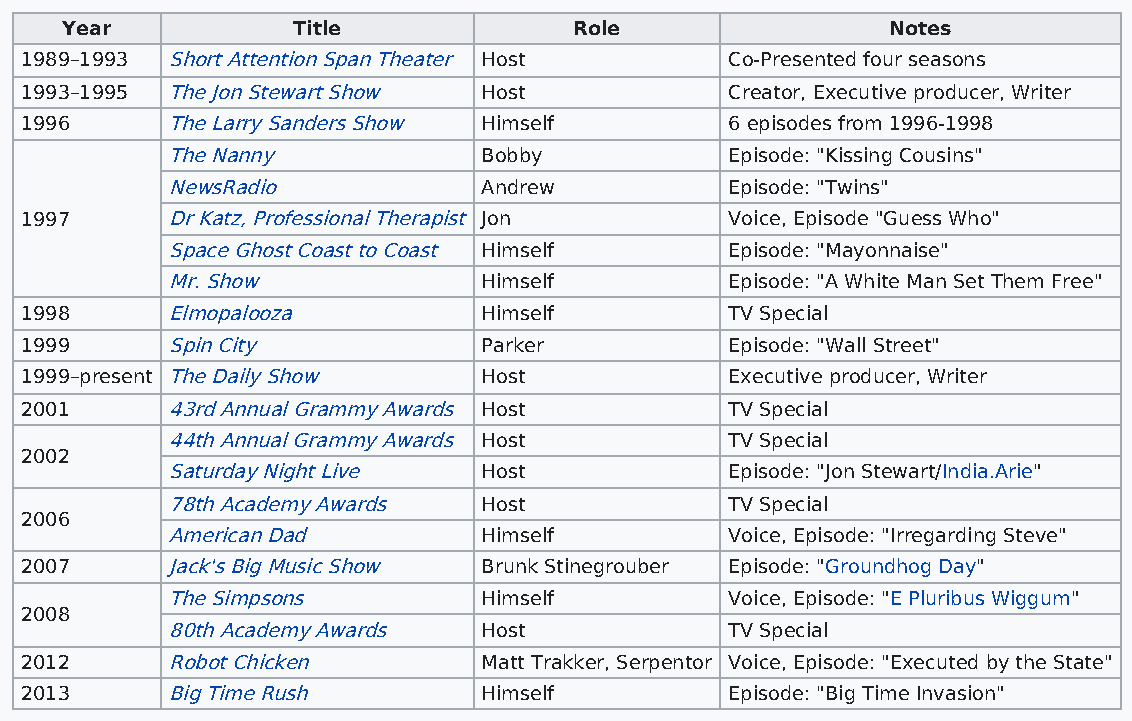
Year           Title              Role                 Notes
 1989–1993 Short Attention Span Theater Host    Co-Presented four seasons
 1993–1995 The Jon Stewart Show Host            Creator, Executive producer, Writer
 1996      The Larry Sanders Show Himself       6 episodes from 1996-1998
 The Nanny            Bobby           Episode: "Kissing Cousins"
 NewsRadio            Andrew          Episode: "Twins"
 1997      Dr Katz, Professional Therapist Jon  Voice, Episode "Guess Who"
 Space Ghost Coast to Coast Himself   Episode: "Mayonnaise"
 Mr. Show             Himself         Episode: "A White Man Set Them Free"
 1998      Elmopalooza          Himself         TV Special
 1999      Spin City            Parker          Episode: "Wall Street"
 1999–present The Daily Show    Host            Executive producer, Writer
 2001      43rd Annual Grammy Awards Host       TV Special
 44th Annual Grammy Awards Host       TV Special
 2002
 Saturday Night Live  Host            Episode: "Jon Stewart/India.Arie"
 78th Academy Awards  Host            TV Special
 2006
 American Dad         Himself         Voice, Episode: "Irregarding Steve"
 2007      Jack's Big Music Show Brunk Stinegrouber Episode: "Groundhog Day"
 The Simpsons         Himself         Voice, Episode: "E Pluribus Wiggum"
 2008
 80th Academy Awards  Host            TV Special
 2012      Robot Chicken        Matt Trakker, Serpentor Voice, Episode: "Executed by the State"
 2013      Big Time Rush        Himself         Episode: "Big Time Invasion"